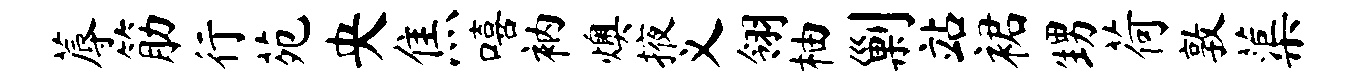
蓐筋行苑央焦嘻衲燠掖义翎柚剿站裙甥荷敦蕖